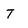
Character: t